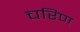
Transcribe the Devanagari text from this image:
चरिण